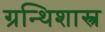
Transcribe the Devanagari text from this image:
ग्रन्थिशास्त्र